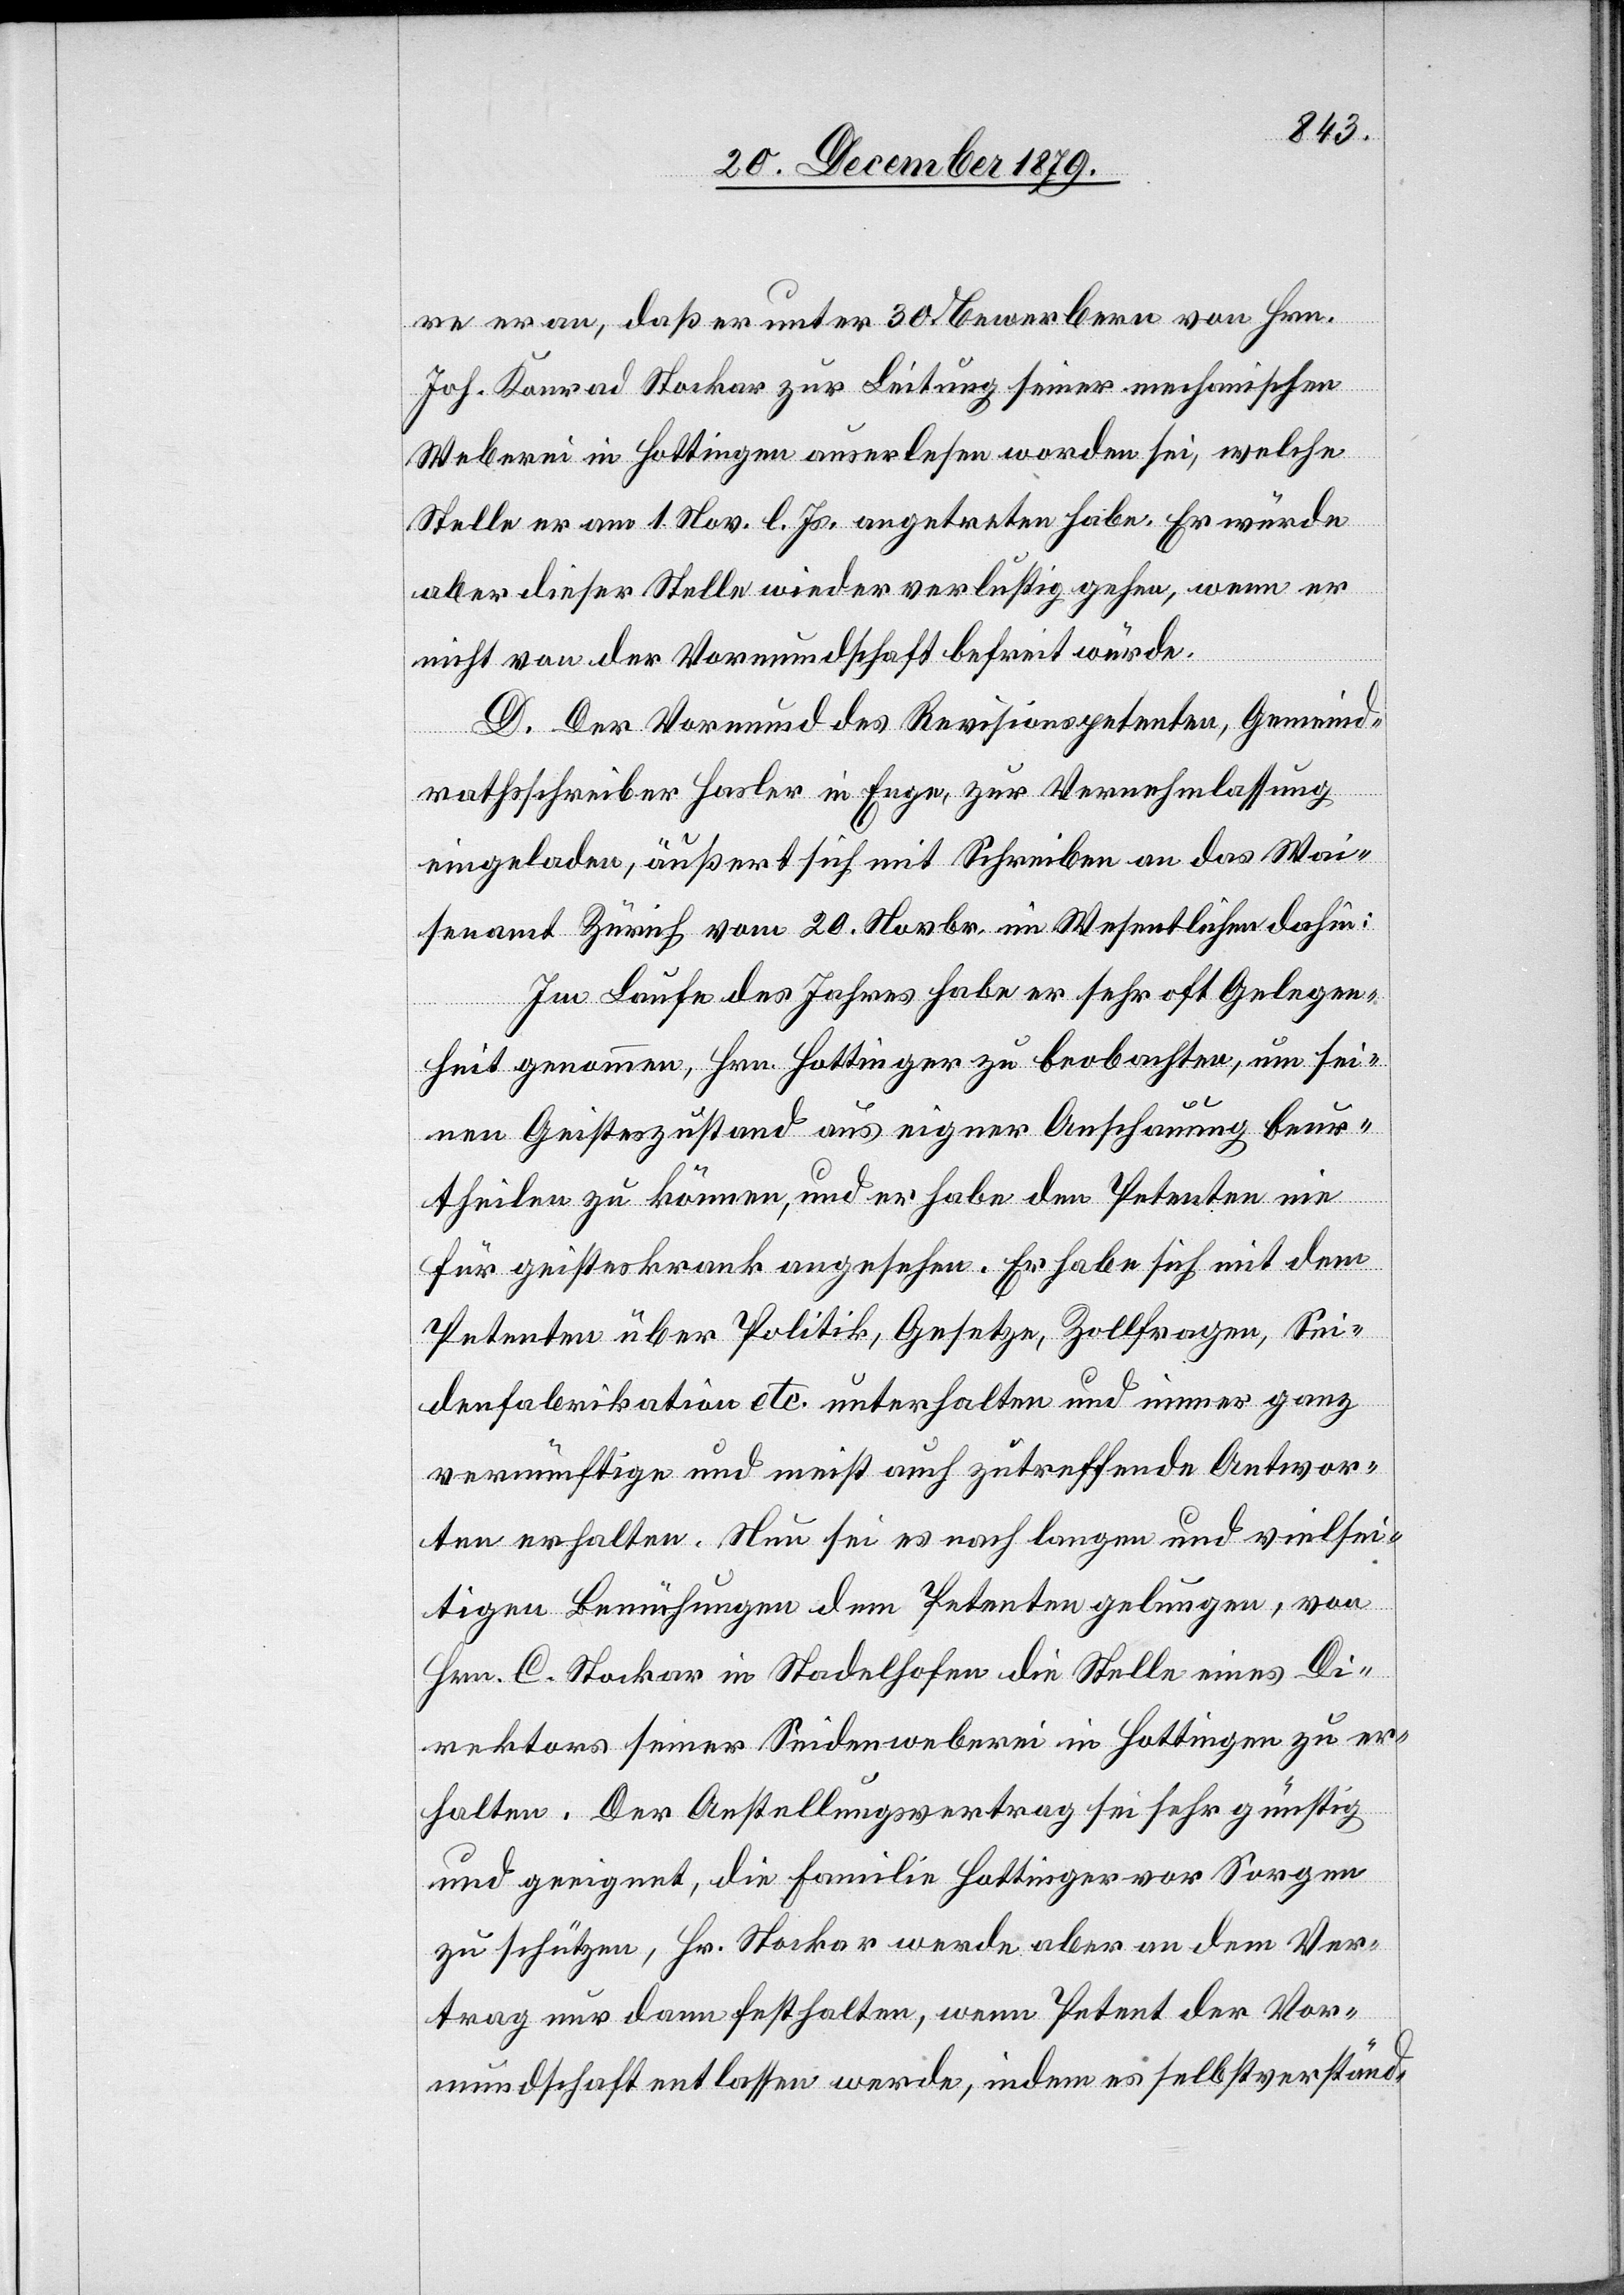
re er an, daß er unter 30 Bewerbern von Hrn.
Joh. Konrad Stocker zur Leitung seiner mechanischen
Weberei in Hottingen auserlesen worden sei, welche
Stelle er am 1. Nov. l. Js. angetreten habe. Er würde
aber dieser Stelle wieder verlustig gehen, wenn er
nicht von der Vormundschaft befreit würde.
D. Der Vormund des Revisionspetenten, Gemeind¬
rathsschreiber Hasler in Enge, zur Vernehmlassung
eingeladen, äußert sich mit Schreiben an das Wai¬
senamt Zürich vom 20. Novbr. im Wesentlichen dahin:
Im Laufe des Jahres habe er sehr oft Gelegen¬
heit genommen, Hrn. Hottinger zu beobachten, um sei¬
nen Geisteszustand aus eigener Anschauung beur¬
theilen zu können, und er habe den Petenten nie
für geisteskrank angesehen. Er habe sich mit dem
Petenten über Politik, Gesetzes, Zollfragen, Sei¬
denfabrikation etc. unterhalten und immer ganz
vernünftige und meist auch zutreffende Antwor¬
ten erhalten. Nun sei es nach langen und vielsei¬
tigen Bemühungen dem Petenten gelungen, von
Hrn. C. Stocker in Stadelhofen die Stelle eines Di¬
rektors seiner Seidenweberei in Hottingen zu er¬
halten. Der Anstellungsvertrag sei sehr günstig
und geeignet, die Familie Hottinger vor Sorgen
zu schützen, Hr. Stocker werde aber an dem Ver¬
trag nur dann festhalten, wenn Petent der Vor¬
mundschaft entlassen werde, indem es selbstverständ-